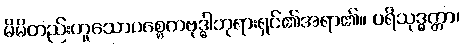
မိမိတည်းဟူသောပစ္စေကဗုဒ္ဓါဘုရားရှင်၏အရာ၏။ ပရိသုဒ္ဓတ္တာ၊